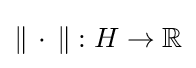
\|\,\cdot \,\|:H\to \mathbb {R}